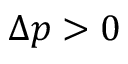
\Delta p > 0